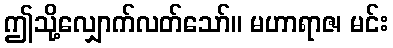
ဤသို့လျှောက်လတ်သော်။ မဟာရာဇ၊ မင်း